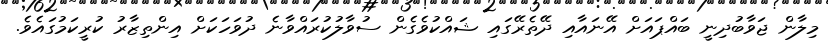
މިލާން ޖަވާބުދިނީ ބައްޕައަށް އޭނައާއި ދޭތެރޭގައި ޝައްކުވެގެން ސުވާލުކުރައްވާނެ ދުވަހަކަށް އިންތިޒާރު ކުރީކަމުގައެވެ.